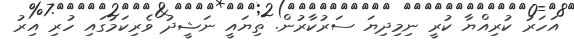
އަހަރު ކުރިއްޔާ ކުރީ ނިމިދިޔަ ސަރުކާރުން. ތިޔައީ ނަޝީދު ވެރިކަމުގައި ހުރި އިރު